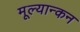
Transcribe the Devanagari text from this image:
मूल्यान्कन